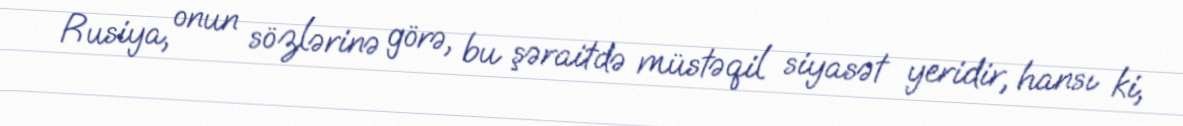
Rusiya, onun sözlərinə görə, bu şəraitdə müstəqil siyasət yeridir, hansı ki,